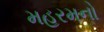
મહરમનો